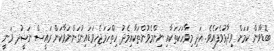
ބޮޑާވުން ކަމަށް ވިދާޅުވެފައެވެ. އަދި މިވާހަކަތަކާއި ނިންމެވުންތަަކާއިމެދު ހިތްހަމަޖެހިވަޑައިނުގަންނަވާކަން ރައީސް ނަޝީުދ ވަނީ